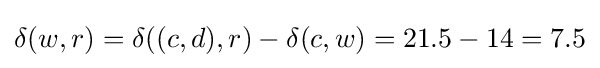
\delta (w,r)=\delta ((c,d),r)-\delta (c,w)=21.5-14=7.5